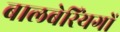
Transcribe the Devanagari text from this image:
बालबेरिंयगों